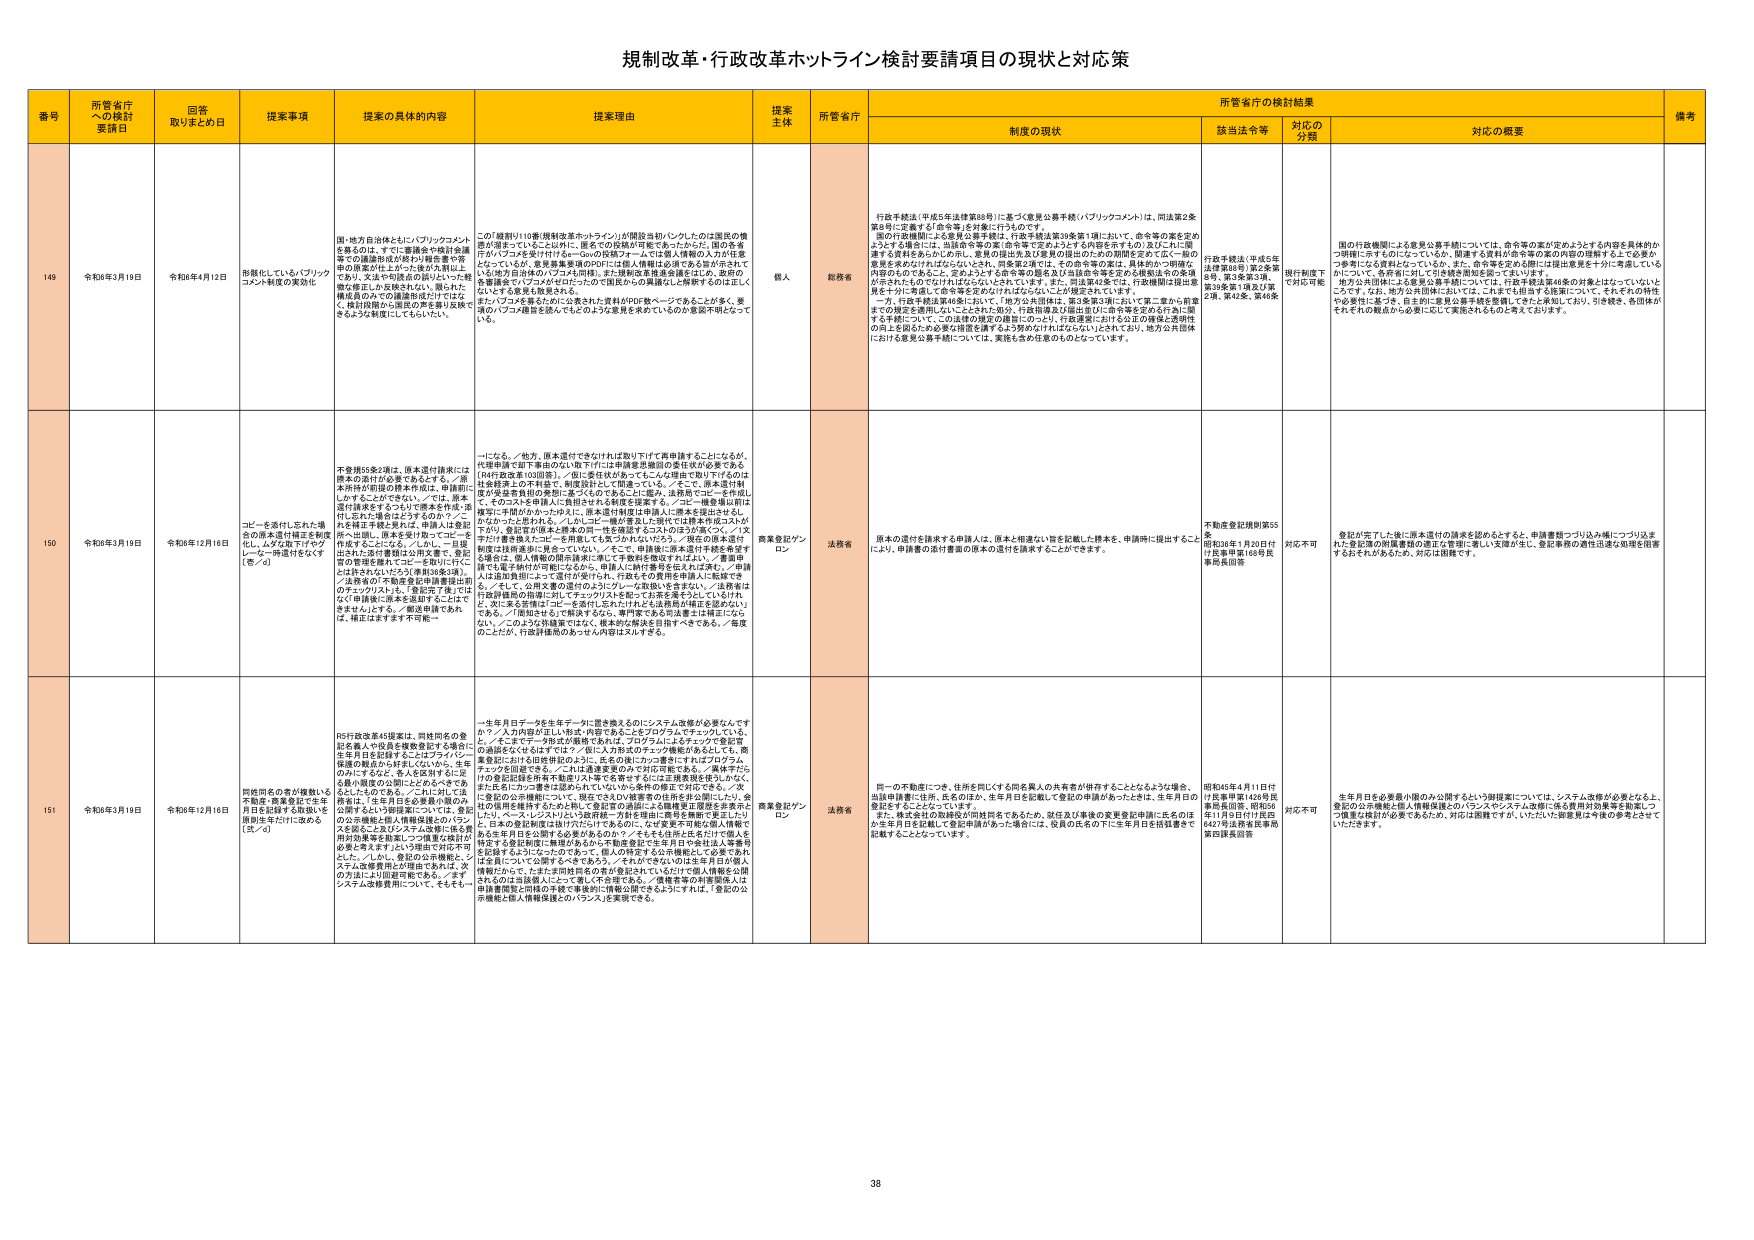
規制改革・行政改革ホットライン検討要請項目の現状と対応策

番号 所管省庁への検討要請日 回答取りまとめ日 提案事項 提案の具体的内容 提案理由 提案主体 所管省庁 所管省庁の検討結果 備考
制度の現状 該当法令等 対応の分類 対応の概要

149 令和6年3月19日 令和6年4月12日 形骸化している「ブリックコントラクト制度の簡素化 国・地方自治体ともに「ブリックコントラクト制度」については、要請者や検討会議等での議論形成が終わり関係者や業界の合意が得られているとされており、文法や印刷点の誤りといった軽微な修正しか見られない。例えば、構成員のみでの議論形成だけではなく、最終段階から議論の声を繋げ反映できるような形態にしてもらいたい。 この「規則」10条（規制改革ホットライン）が開設当初の「クレームの国政の機関が担当していることに対し、県までの役割が可能であったが、国の各省庁が「ブリックコントラクト」の「ローカル」の仕組みを「法整備」を進めていくという点で、意見募集要項のPDFには個人情報は必須であるが「示されていない」。また、個人情報の保護を強化するため、政府の関係機関が「ブリックコントラクト制度」の運用を「適正化」する必要がある。また、「ブリックコントラクト」を求めるために公表された資料が90%数ページであることが多く、要請の「ブリック要請を認め、それにより公表を求めていく」の必要性が不足している。 個人 総務省 行政手続法（平成5年法律第88号）に基づく意見公募手続（パブリックコメント）は、同法第2条第6号に定義する「命令等」を対象に行うものです。国の行政機関による意見公募手続は、行政手続法第39条第1項において、命令等の案を定めようとする場合に、当該命令等の案（命令等で定めようとする内容を示すもの）及びこれに関連する資料をあらかじめ出し、意見の提出を及び意見の提出のための期間を定めて広く一般の意見を求めなければならないとされています。同条第2項では、その命令等の案は、具体的かつ明確な内容のものであると、定めようとする命令等の趣旨及び当該命令等を定める根拠法令の条項が示されるものでなければならないとされています。また、同法第43条では、行政機関は提出者見を十分に考慮して命令等を定めなければならないことが規定されています。一方、行政手続法第44条において、「地方公共団体は、第2条第6号において「第二項から前項までの規定を適用しないこととされた処分、行政指導及び提出並びに命令等を定める行為」に関する手続について、この法律の規定の趣旨にのっとり、行政運営において公正且つ適切な処理を行う必要があることから、意見公募手続を講ずるよう努めなければならないとされています。地方公共団体における意見公募手続については、実施も含め任意のものとなっています。 行政手続法（平成5年法律第88号）第2条第8号、第3条第3項、第39条第1項及び第2項、第43条、第46条 現行制度下で対応可能 国の行政機関による意見公募手続については、命令等の案が定めようとする内容を具体的かつ明確に示すものになっている。関連する資料が命令等の案の内容の理解をもとで必要かつ参考になる資料となっている。また、命令等を定める際には提出意見を十分に考慮しているかについて、各府省に対して引き続き周知を図ってまいります。地方公共団体による意見公募手続については、行政手続法第46条の対象とはなっていないことですが、地方公共団体においては、これを活用する施策について、それぞれの特性や必要性に基づき、自主的に意見公募手続を整備してきたと通知しており、引き続き、各団体がそれぞれの観点から必要に応じて実施されるものと考えております。

150 令和6年3月19日 令和6年12月16日 コピーを返却し忘れた場合の原本送付措置を制度化し、ムダな取り下げやクレーム申請がなくなる（答／a） 不要損55条2項は、原本送付請求には原本の送付が必要である。／原本再送付申請の原本再送付、申請前にしかすることができない。／では、原本送付請求をするときにできる手続きは、送付し忘れの場合はどうするのか？／これを補正手続きとすれば、申請人は変更が不可能。／申請人を送付してコピーを再送する。／そして、一旦提出された送付書類は公開文書で、登記官の管理を離れることに一見して、公開されない。／登記官が送付したコピーを再送する。／法務省の「不動産登記申請書提出前のカフェフリスルト」を記載する。／では、なぜ「申請後に原本を返却する」ようにできず、／通知申請であれば、届出はますます不便。 一になる。／他方、原本送付できなければ取り下げて再申請することになるが、代理申請で却下事由のない取り下げには申請書再提出の要件求める必要である（84行政改革103回答）。／但し責任が負うべきもんと見なす取り下げるのは社会経済上の不利益で、制度設計として間違っている。／そこで、原本送付制限が実施事由の発生に至ったものであることに鑑み、法務省でコピーを作成して、そのコストを申請人に負担される制度を提案する。／コピー一覧書類は届出書が手続がなかったかを示し、原本送付制度は申請人に原本を提出させる。／そのかったとされたら、／しかしこの一般の書類と公開中では原本作成コストが下がり、登記官が原本と原本のコピーを確認するコストのほうが高くつく。／「送付」は電子納付が可能になるから、申請人に納付書を記入だけでもよい。／書類申請では送付書類が公開されている。／そこで、申請後に原本送付手続きを望む場合は、個人情報の開示請求に準じて文科省を改定すればよい。／書類申請でも電子納付が可能になるから、申請人に納付書を記入だけでもよい。／申請人は追加負担によって送付が受けられる。行政との費用を申請人に負担できる。／そして、公開文書の送付のよう「コピー」を取得しやすい。／法務省は行政評価等の指導に対してチェックリストを記しておく必要を満たすといえれば、と、更に考えを深めることを示した。／それだけでは法務局が補正を認めないである。／「周知され」る了解決するなら、専門家である司法書士は補正にならない。／このような手続きではなく、根本的な解決を目指すべきである。／毎度のことだが、行政評価等のルールも内部文以外とする。 商業登記ブロコン 法務省 原本の送付を請求する申請人は、原本と相違ない旨を記載した原本を、申請時に提出することにより、申請書の送付書類の原本の送付を請求することができます。 不動産登記規則第55条 昭和36年1月20日付け法務甲第168号民事局長回答 対応不可 登記が完了した後に原本送付の請求を認めるとしても、申請書類つづり込み欄につけ込まれた登記簿の附属書類の適正な管理に著しい支障が生じ、登記事務の適性迅速な処理を阻害するおそれがあるため、対応は困難です。

151 令和6年3月19日 令和6年12月16日 既往問合の者が複数いる不動産・商業登記で生年月日を記録する記載に、原則生年だけに改める（答／a） RS行政改革45提案は、同姓同名の登記名義人の役員を複数登記する場合に生年月日を記録することはプライバシー保護の観点から好ましくないから、生年のみにするなど、各人を区別するに足る最小限度の公開にとどめるべきであるとしたものである。／これに対して、法務省は、「生年月日を必要最小限のみ公開するという問題点については、登記の公示機能と個人情報保護とのバランスを踏まえた上で、システム改修用に4月頃までに検討を開始し、次システム改修費用については、そもそも一 一生涯月日データを生年データに置き換えるのにシステム改修が必要なんですか？／八カ月間が正しい形式、内容であることをプログラムでチェックしている。／そこでデータ形式が厳格であれば、プログラムによるチェックで登記官の確認をなくすはずでは？／但し入力形式のチェック機能があるとしても、商事登記における既往問合のとき、生年の同一かつ書類に不正なプログラムチェックを回避できる。／これは通達変更のみで対応可能である。／実体または、1の登記記録を所有する者は「生年を省略する」ことは法務省登記法に違反し、また名にカナ書きは認められていないから条件の修正で対応できる。／次に登記の公示機能について、現在できる限り被害者の住所をあらかじめ公開している。／日本の登記制度は1977年に登記官の承認による機構第三者委託を実施した。／しかし、登記の公示機能と、システム改修費用の問題点であれば、次のように、登記の公示機能と個人情報保護とのバランスを要請できる。 商業登記ブロコン 法務省 同一の不動産につき、住所を同じくする同名異人の共有者が併存することになるような場合、当該申請書に住所、氏名のほか、生年月日を記載して登記の申請があったときは、生年月日の登記をすることとしています。また、株式会社の取締役が同姓同名であるため、登記及び事後の変更登記申請に氏名のほか生年月日を記載して登記申請があった場合には、役員の氏名の下に生年月日を括弧書きで記載することとなっています。 昭和45年4月11日付け民事甲第1426号民事局回答、昭和54年11月9日付け民四1447号法務省民事局第四課長回答 対応不可 生年月日を必要最小限のみ公開するという御提案については、システム改修が必要となる上、登記の公示機能と個人情報保護とのバランスやシステム改修に係る費用対効果等を勘案しつつ慎重な検討が必要であるため、対応は困難ですが、いただいた御意見は今後の参考とさせていただきます。

38